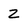
Character: Z